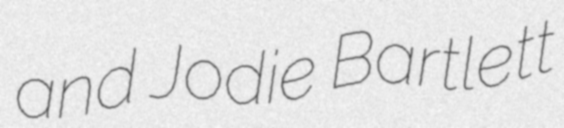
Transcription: and Jodie Bartlett